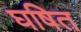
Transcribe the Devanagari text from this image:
घषित